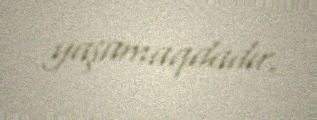
yaşamaqdadır.